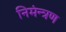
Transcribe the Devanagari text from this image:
निमंन्त्रण